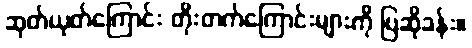
ဆုတ်ယုတ်ကြောင်း တိုးတက်ကြောင်းများကို ပြဆိုခန်း။